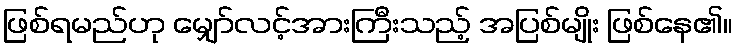
ဖြစ်ရမည်ဟု မျှော်လင့်အားကြီးသည့် အပြစ်မျိုး ဖြစ်နေ၏။